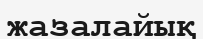
жазалайық